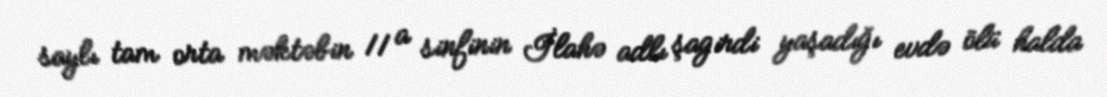
saylı tam orta məktəbin 11 a sinfinin İlahə adlı şagirdi yaşadığı evdə ölü halda